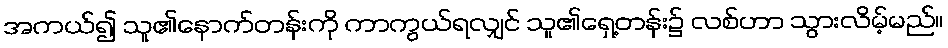
အကယ်၍ သူ၏နောက်တန်းကို ကာကွယ်ရလျှင် သူ၏ရှေ့တန်း၌ လစ်ဟာ သွားလိမ့်မည်။